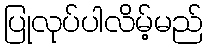
ပြုလုပ်ပါလိမ့်မည်